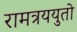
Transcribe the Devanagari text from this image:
रामत्रययुतो